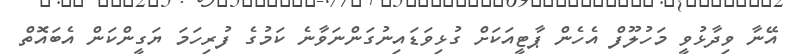
އޭނާ ވިދާޅުވީ މަހުލޫފް އެހެން ޕާޓީއަކަށް ގުޅިވަޑައިނުގަންނަވާނެ ކަމުގެ ފުރިހަމަ ޔަގީންކަން އެބައޮތް